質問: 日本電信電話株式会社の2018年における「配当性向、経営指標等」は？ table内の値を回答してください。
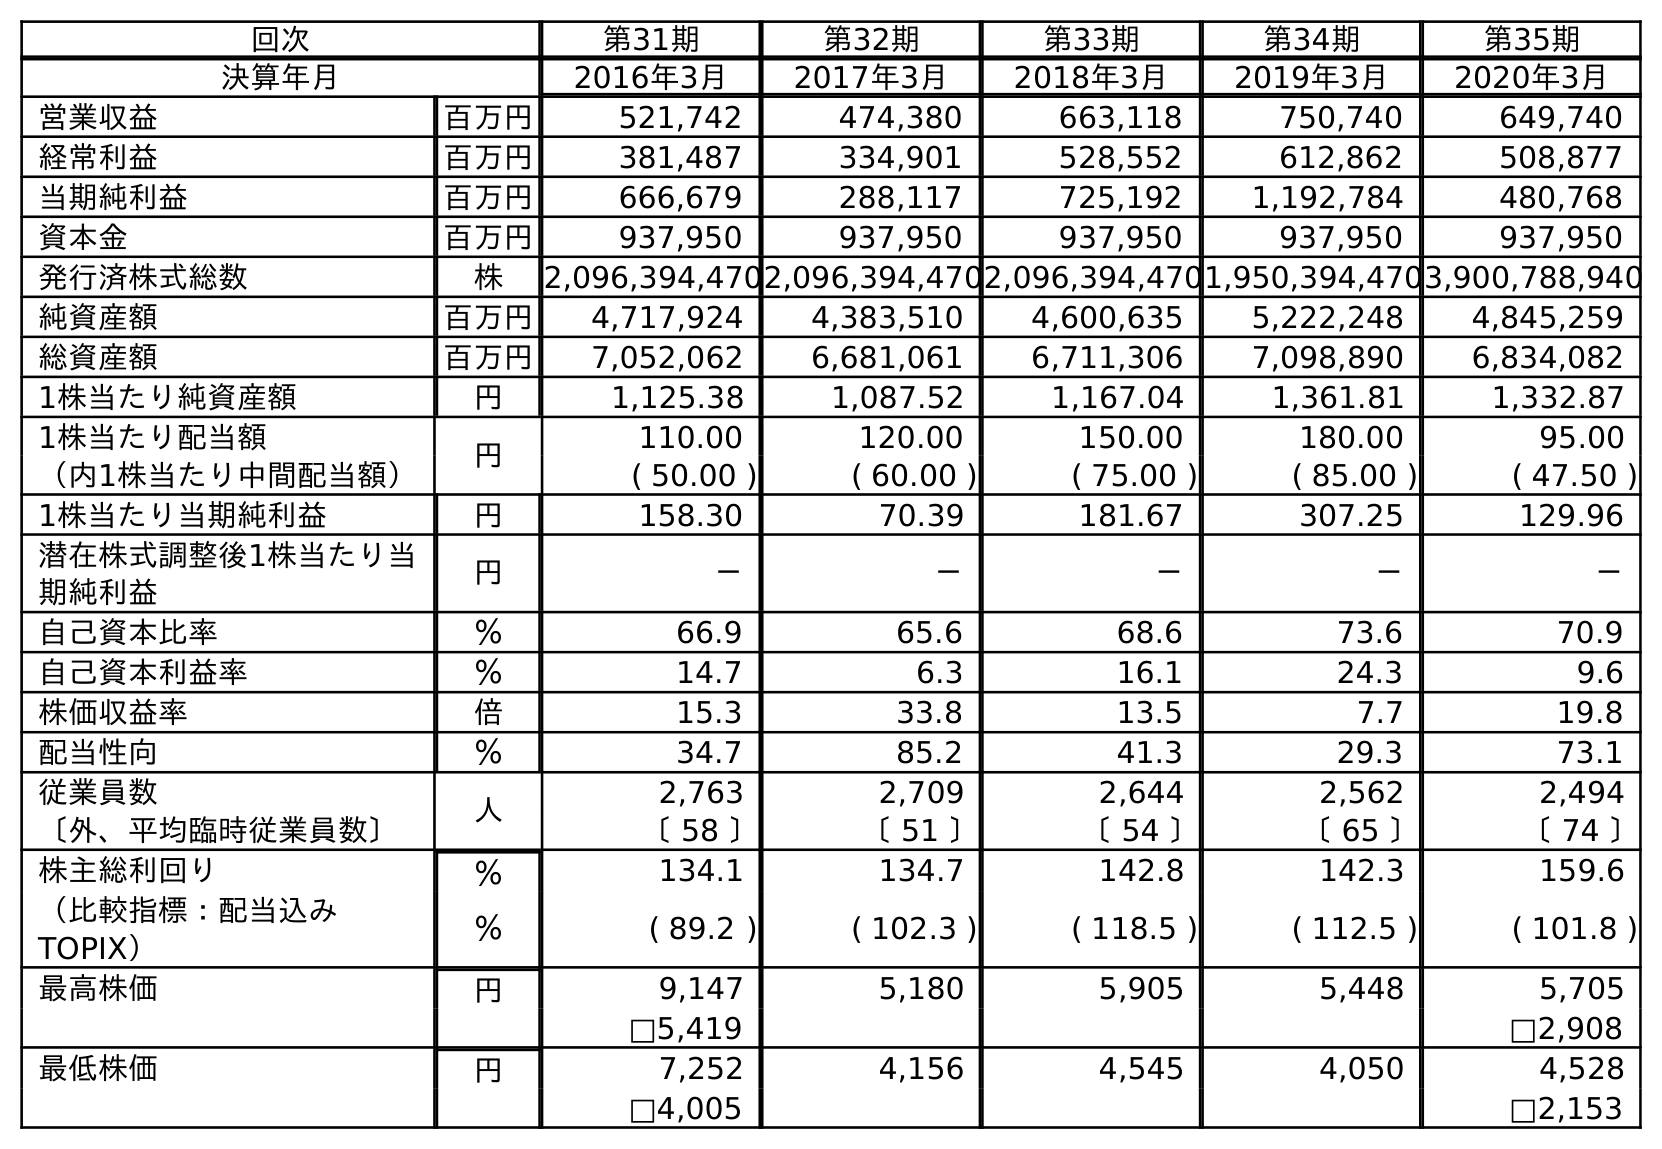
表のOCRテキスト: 回次 第31期 第32期 第33期 第34期 第35期 決算年月 2016年3月 2017年3月 2018年3月 2019年3月 2020年3月 営業収益 百万円 521,742 474,380 663,118 750,740 649,740 経常利益 百万円 381,487 334,901 528,552 612,862 508,877 当期純利益 百万円 666,679 288,117 725,192 1,192,784 480,768 資本金 百万円 937,950 937,950 937,950 937,950 937,950 発行済株式総数 株 2,096,394,4702,096,394,4702,096,394,4701,950,394,4703,900,788,940 純資産額 百万円 4,717,924 4,383,510 4,600,635 5,222,248 4,845,259 総資産額 百万円 7,052,062 6,681,061 6,711,306 7,098,890 6,834,082 1株当たり純資産額 円 1,125.38 1,087.52 1,167.04 1,361.81 1,332.87 1株当たり配当額 円 110.00 120.00 150.00 180.00 95.00 （内1株当たり中間配当額） ( 50.00 ) ( 60.00 ) ( 75.00 ) ( 85.00 ) ( 47.50 ) 1株当たり当期純利益 円 158.30 70.39 181.67 307.25 129.96 潜在株式調整後1株当たり当 期純利益 円 － － － － － 自己資本比率 ％ 66.9 65.6 68.6 73.6 70.9 自己資本利益率 ％ 14.7 6.3 16.1 24.3 9.6 株価収益率 倍 15.3 33.8 13.5 7.7 19.8 配当性向 ％ 34.7 85.2 41.3 29.3 73.1 従業員数 人 2,763 2,709 2,644 2,562 2,494 〔外、平均臨時従業員数〕 〔 58 〕 〔 51 〕 〔 54 〕 〔 65 〕 〔 74 〕 株主総利回り ％ 134.1 134.7 142.8 142.3 159.6 （比較指標：配当込み TOPIX） ％ ( 89.2 ) ( 102.3 ) ( 118.5 ) ( 112.5 ) ( 101.8 ) 最高株価 円 9,147 5,180 5,905 5,448 5,705 □5,419 □2,908 最低株価 円 7,252 4,156 4,545 4,050 4,528 □4,005 □2,153
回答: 41.3